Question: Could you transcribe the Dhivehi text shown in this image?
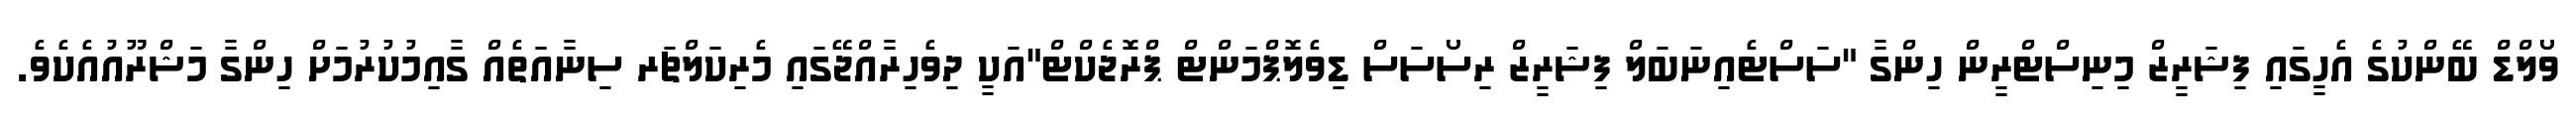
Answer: ވޯލްޑް ބޭންކުގެ އެހީގައި ފިޝަރީޒް މިނިސްޓްރީން ހިންގާ "ސަސްޓެއިނަބަލް ފިޝަރީޒް ރިސޯސަސް ޑިވެލޮޕްމަންޓް ޕްރޮޖެކްޓް"އަކީ ދިވެހިރާއްޖޭގައި މެރިކަލްޗަރ ސިނާއަތެއް ގާއިމުކުރުމަށް ހިންގާ މަޝްރޫއުއެކެވެ.